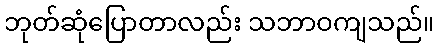
ဘုတ်ဆုံပြောတာလည်း သဘာဝကျသည်။